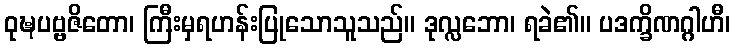
ဝုဍ္ဎပဗ္ဗဇိတော၊ ကြီးမှရဟန်းပြုသောသူသည်။ ဒုလ္လဘော၊ ရခဲ၏။ ပဒက္ခိဏဂ္ဂါဟီ၊